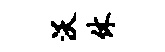
沃休